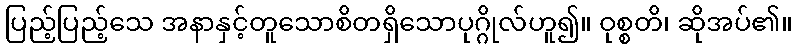
ပြည့်ပြည့်သေ အနာနှင့်တူသောစိတရှိသောပုဂ္ဂိုလ်ဟူ၍။ ဝုစ္စတိ၊ ဆိုအပ်၏။